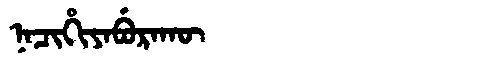
Manchu: ᠨᠠᠴᡳᡥᡳᠶᠠᠪᡠᡵᠠᡴᡡ
Romanization: NACIHIYABURAKŪ